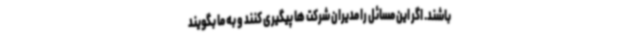
باشند. اگر این مسائل را مدیران شرکت ها پیگیری کنند و به ما بگویند